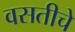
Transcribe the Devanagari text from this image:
वसतीचे